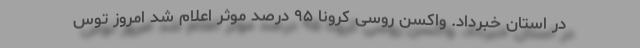
در استان خبرداد. واکسن روسی کرونا ۹۵ درصد موثر اعلام شد امروز توس